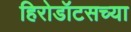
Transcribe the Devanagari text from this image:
हिरोडॉटसच्या